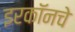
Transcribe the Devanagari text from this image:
इरकॉनचे